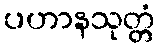
ပဟာနသုတ္တံ